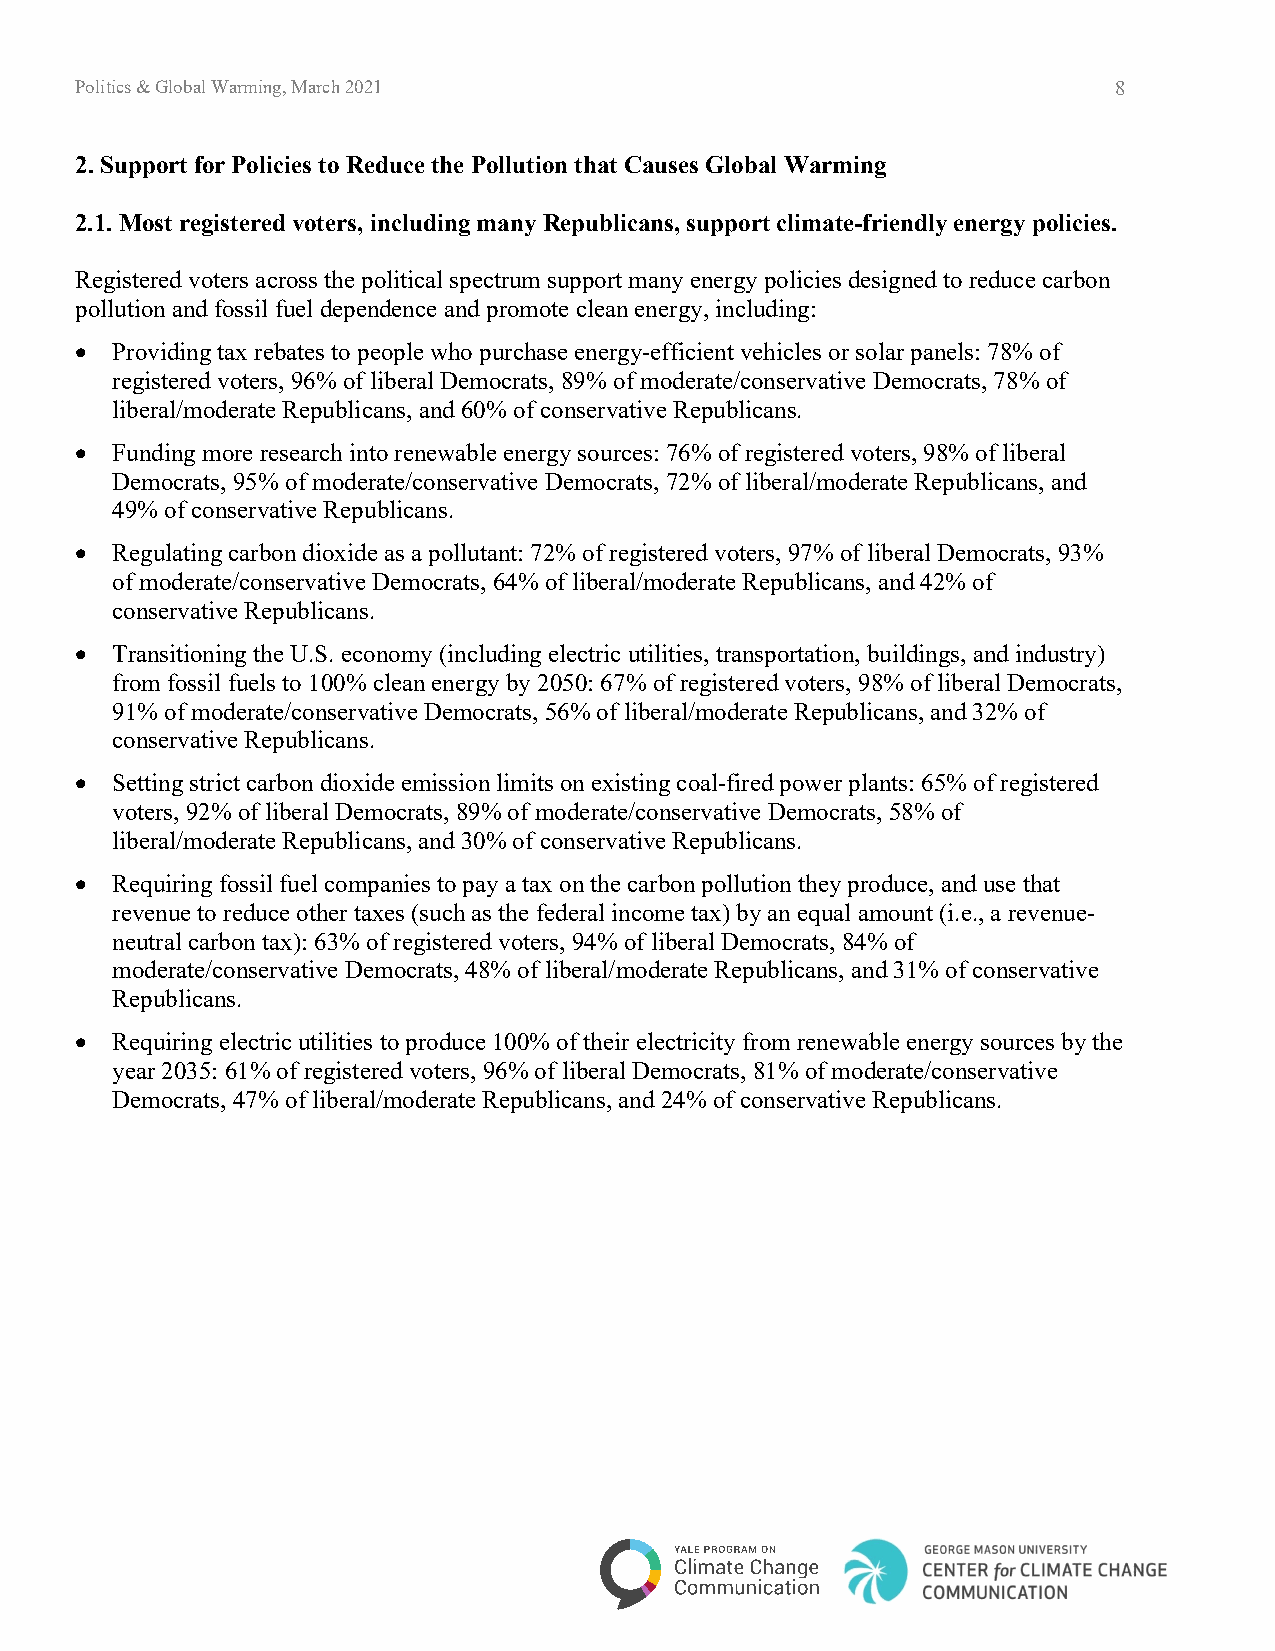
Politics & Global Warming, March 2021                                8
 2. Support for Policies to Reduce the Pollution that Causes Global Warming
 2.1. Most registered voters, including many Republicans, support climate-friendly energy policies.
 Registered voters across the political spectrum support many energy policies designed to reduce carbon
 pollution and fossil fuel dependence and promote clean energy, including:
 • Providing tax rebates to people who purchase energy-efficient vehicles or solar panels: 78% of
 registered voters, 96% of liberal Democrats, 89% of moderate/conservative Democrats, 78% of
 liberal/moderate Republicans, and 60% of conservative Republicans.
 • Funding more research into renewable energy sources: 76% of registered voters, 98% of liberal
 Democrats, 95% of moderate/conservative Democrats, 72% of liberal/moderate Republicans, and
 49% of conservative Republicans.
 • Regulating carbon dioxide as a pollutant: 72% of registered voters, 97% of liberal Democrats, 93%
 of moderate/conservative Democrats, 64% of liberal/moderate Republicans, and 42% of
 conservative Republicans.
 • Transitioning the U.S. economy (including electric utilities, transportation, buildings, and industry)
 from fossil fuels to 100% clean energy by 2050: 67% of registered voters, 98% of liberal Democrats,
 91% of moderate/conservative Democrats, 56% of liberal/moderate Republicans, and 32% of
 conservative Republicans.
 • Setting strict carbon dioxide emission limits on existing coal-fired power plants: 65% of registered
 voters, 92% of liberal Democrats, 89% of moderate/conservative Democrats, 58% of
 liberal/moderate Republicans, and 30% of conservative Republicans.
 • Requiring fossil fuel companies to pay a tax on the carbon pollution they produce, and use that
 revenue to reduce other taxes (such as the federal income tax) by an equal amount (i.e., a revenue-
 neutral carbon tax): 63% of registered voters, 94% of liberal Democrats, 84% of
 moderate/conservative Democrats, 48% of liberal/moderate Republicans, and 31% of conservative
 Republicans.
 • Requiring electric utilities to produce 100% of their electricity from renewable energy sources by the
 year 2035: 61% of registered voters, 96% of liberal Democrats, 81% of moderate/conservative
 Democrats, 47% of liberal/moderate Republicans, and 24% of conservative Republicans.